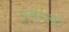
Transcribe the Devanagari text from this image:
पतरातू।